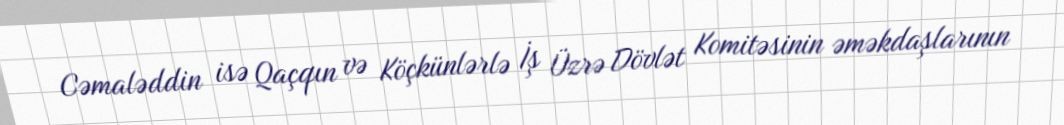
Cəmaləddin isə Qaçqın və Köçkünlərlə İş Üzrə Dövlət Komitəsinin əməkdaşlarının